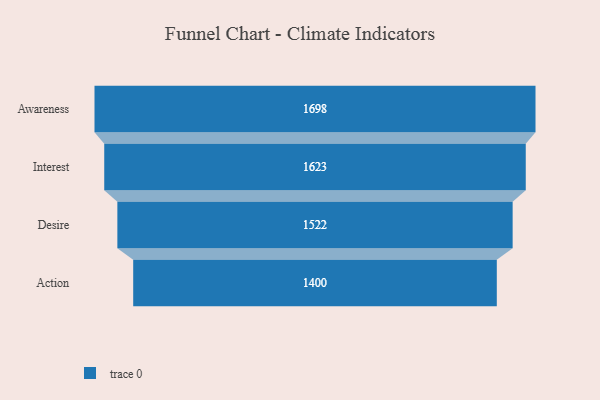
{"axis": {"x": "Stage", "y": "Value"}, "legend": [""], "data": [{"x": "Awareness", "y": 1698.0, "type": ""}, {"x": "Interest", "y": 1623.0, "type": ""}, {"x": "Desire", "y": 1522.0, "type": ""}, {"x": "Action", "y": 1400.0, "type": ""}]}